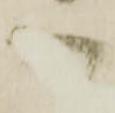
御